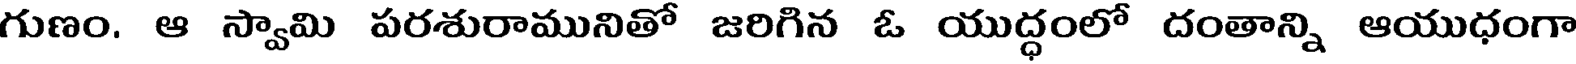
గుణం. ఆ స్వామి పరశురామునితో జరిగిన ఓ యుద్ధంలో దంతాన్ని ఆయుధంగా